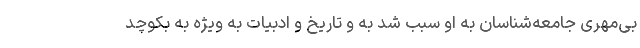
بی‌مهری جامعه‌شناسان به او سبب شد به و تاریخ و ادبیات به ویژه به بکوچد